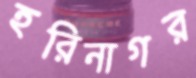
হরিনাগর